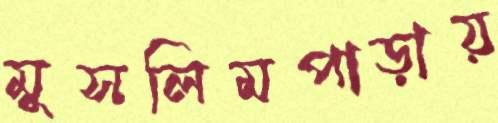
মুসলিমপাড়ায়